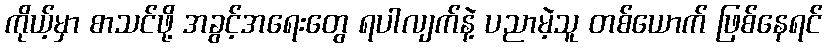
ကိုယ့်မှာ စာသင်ဖို့ အခွင့်အရေးတွေ ရပါလျက်နဲ့ ပညာမဲ့သူ တစ်ယောက် ဖြစ်နေရင်